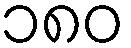
၁၈၀